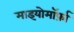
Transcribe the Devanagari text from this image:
माइयोमॉर्फ़ा